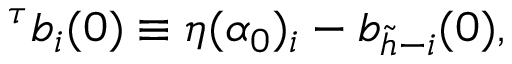
^ { \tau } b _ { i } ( 0 ) \equiv \eta ( \alpha _ { 0 } ) _ { i } - b _ { \tilde { h } - i } ( 0 ) ,